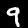
Label: 9